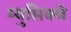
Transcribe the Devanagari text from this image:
म्युसिक्वे